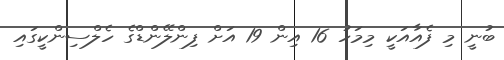
ބުނީ މި ފެއާއަކީ މިމަހު 16 އިން 19 އަށް ފިންލޭންޑްގެ ހެލްސިންކީގައި